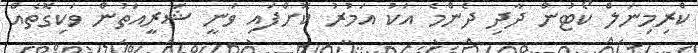
ކްރިމިނަލް ކޯޓުން ދާދި ދެންމެ އަކު އަމުރު ކޮށްފައި ވަނީ ޝަރީއަތުން ވަކިގޮތެއް